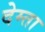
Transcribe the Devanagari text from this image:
देम्ता